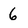
Character: 6